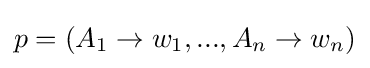
p=(A_{1}\to w_{1},...,A_{n}\to w_{n})